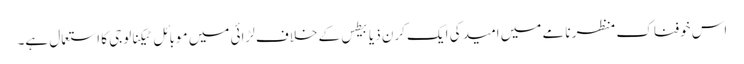
اس خوفناک منظر نامے میں امید کی ایک کرن ذیابیطس کے خلاف لڑائی میں موبائل ٹیکنالوجی کا استعمال ہے۔